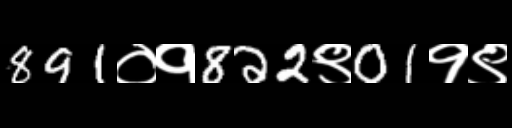
Text: 891०१822९01१९